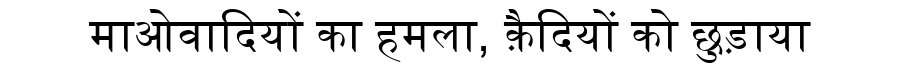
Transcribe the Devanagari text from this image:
माओवादियों का हमला, क़ैदियों को छुड़ाया